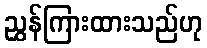
ညွှန်ကြားထားသည်ဟု